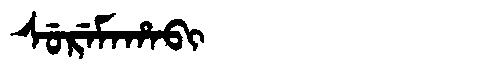
Manchu: ᠰᡠᡵᡝᠮᠠᡥᠠᠪᡳ
Romanization: SUREMAHABI